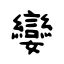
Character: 孌